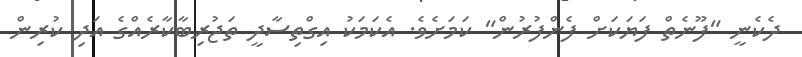
ދެކެނީ "ފޫނެތް ފަޔަކަށް ފެންފުރުންް" ކަމަށެވެ. އެކަމަކު އިގްތިސާދީ ތަޖުރިބާކާރެއްގެ އަދި ކުރިން